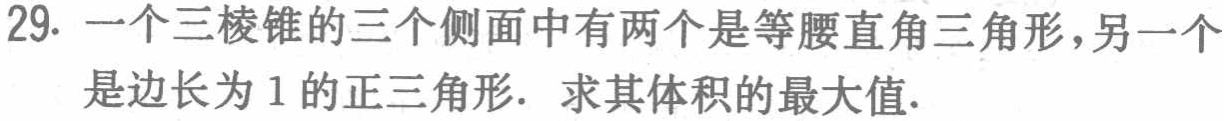
29. 一个三棱锥的三个侧面中有两个是等腰直角三角形，另一个是边长为 1 的正三角形. 求其体积的最大值.